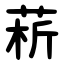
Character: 菥